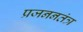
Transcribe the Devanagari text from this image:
प्रजननतंत्र